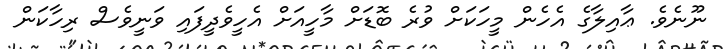
ނޫނެވެ. ޢާއިލާގެ އެހެން މީހަކަށް ވުރެ ބޮޑަށް މާހީއަށް އެހީވެދީފައި ވަނީވެސް ރިހާކަން